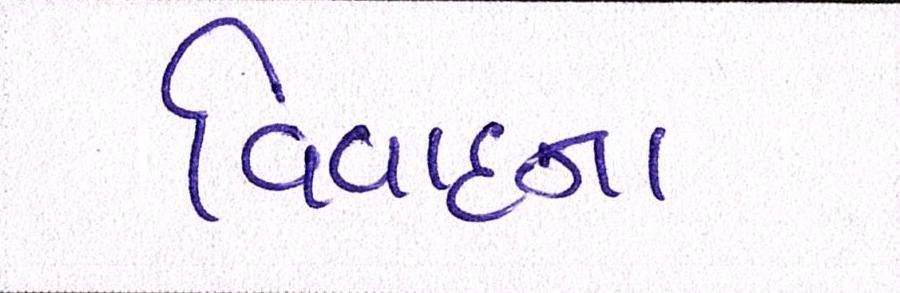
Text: વિવાદના